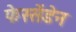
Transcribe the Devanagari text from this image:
फेस्सेंडेन